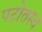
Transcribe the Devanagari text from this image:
पटोतस्व